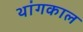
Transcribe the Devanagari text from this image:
थांगकाल